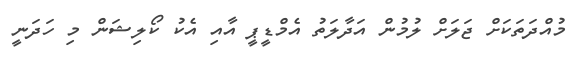
މުއްދަތަކަށް ޖަލަށް ލުމުން އަދާލަތު އެމްޑީޕީ އާއި އެކު ކޯލިޝަން މި ހަދަނީ